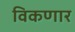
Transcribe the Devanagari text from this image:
विकणार